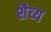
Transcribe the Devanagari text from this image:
शैव्य